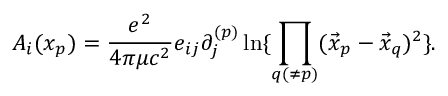
{ \cal A } _ { i } ( x _ { p } ) = { \frac { e ^ { 2 } } { 4 \pi \mu c ^ { 2 } } } e _ { i j } \partial _ { j } ^ { ( p ) } \ln \{ \prod _ { q ( \ne p ) } ( \vec { x } _ { p } - \vec { x } _ { q } ) ^ { 2 } \} .